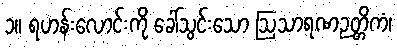
၁။ ရဟန်းလောင်းကို ခေါ်သွင်းသော ဩသာရဏဉတ္တိကံ၊